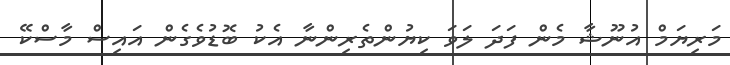
މަރިޔަމް އުނޫޝާ މެން ފަދަ ލަވަ ކިޔުންތެރިންނާ އެކު ބޮޑުވެގެން އައިސް މާސްކޭ